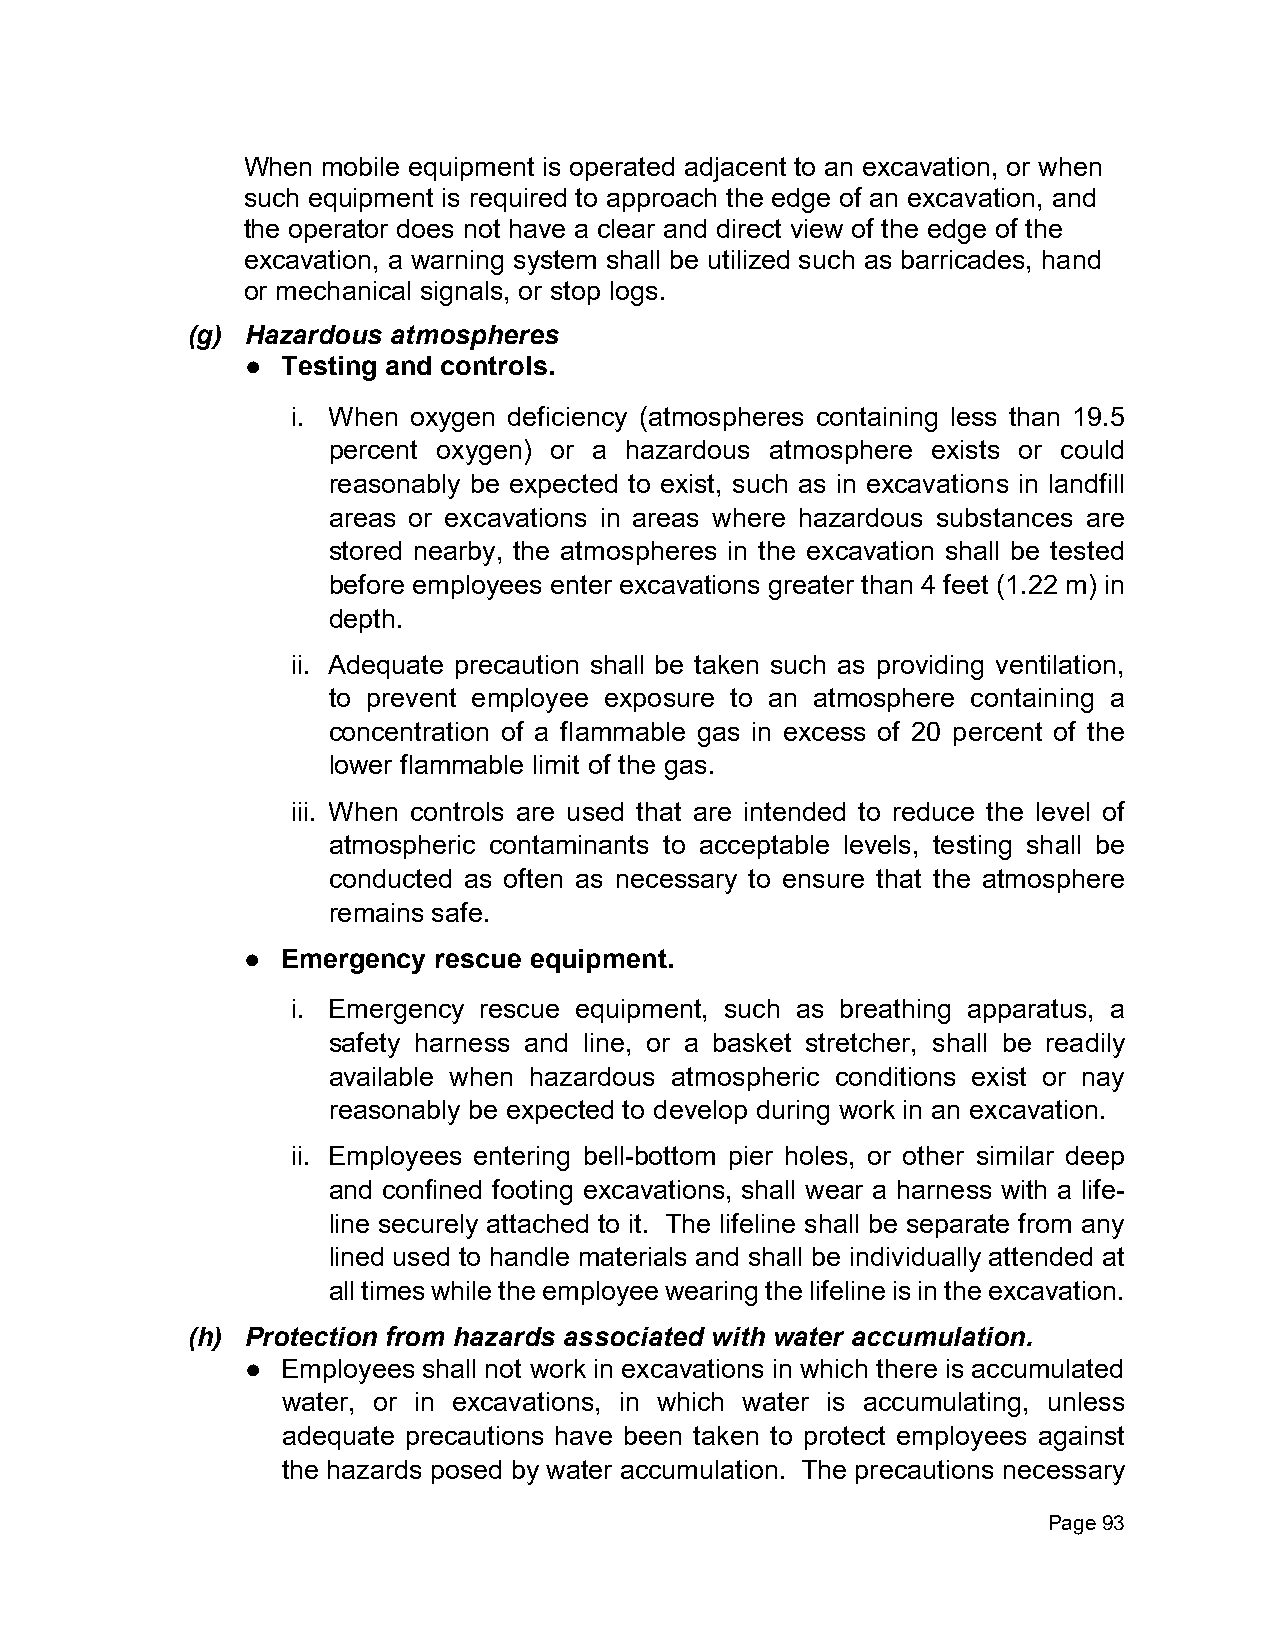
When mobile equipment is operated adjacent to an excavation, or when
 such equipment is required to approach the edge of an excavation, and
 the operator does not have a clear and direct view of the edge of the
 excavation, a warning system shall be utilized such as barricades, hand
 or mechanical signals, or stop logs.
 (g) Hazardous atmospheres
 ●  Testing and controls.
 i. When oxygen deficiency (atmospheres containing less than 19.5
 percent oxygen) or a hazardous atmosphere exists or could
 reasonably be expected to exist, such as in excavations in landfill
 areas or excavations in areas where hazardous substances are
 stored nearby, the atmospheres in the excavation shall be tested
 before employees enter excavations greater than 4 feet (1.22 m) in
 depth.
 ii. Adequate precaution shall be taken such as providing ventilation,
 to prevent employee exposure to an atmosphere containing a
 concentration of a flammable gas in excess of 20 percent of the
 lower flammable limit of the gas.
 iii. When controls are used that are intended to reduce the level of
 atmospheric contaminants to acceptable levels, testing shall be
 conducted as often as necessary to ensure that the atmosphere
 remains safe.
 ●  Emergency rescue equipment.
 i. Emergency rescue equipment, such as breathing apparatus, a
 safety harness and line, or a basket stretcher, shall be readily
 available when hazardous atmospheric conditions exist or nay
 reasonably be expected to develop during work in an excavation.
 ii. Employees entering bell-bottom pier holes, or other similar deep
 and confined footing excavations, shall wear a harness with a life-
 line securely attached to it. The lifeline shall be separate from any
 lined used to handle materials and shall be individually attended at
 all times while the employee wearing the lifeline is in the excavation.
 (h) Protection from hazards associated with water accumulation.
 ●  Employees shall not work in excavations in which there is accumulated
 water, or in excavations, in which water is accumulating, unless
 adequate precautions have been taken to protect employees against
 the hazards posed by water accumulation. The precautions necessary
 Page 93